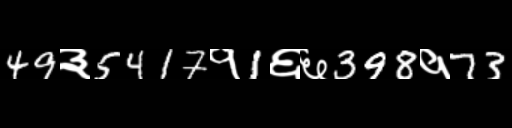
Text: 49३5417१1६६398१73